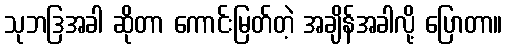
သုဘဒြအခါ ဆိုတာ ကောင်းမြတ်တဲ့ အချိန်အခါလို့ ပြောတာ။